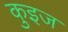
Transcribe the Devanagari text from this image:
कुइज